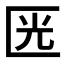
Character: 𠥳